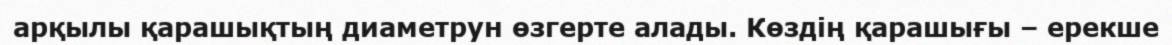
арқылы қарашықтың диаметрун өзгерте алады. Көздің қарашығы – ерекше